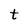
Character: t